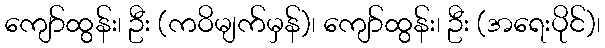
ကျော်ထွန်း၊ ဦး (ကဝိမျက်မှန်)၊ ကျော်ထွန်း၊ ဦး (အရေးပိုင်)၊